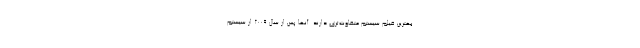
بهترین فیلم سیستم متفاوت‌تری دارند. آنها پس از سال 2009 از سیستم